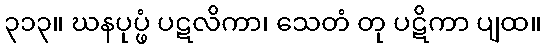
၃၁၃။ ဃနပုပ္ဖံ ပဋလိကာ၊ သေတံ တု ပဋိကာ ပျထ။